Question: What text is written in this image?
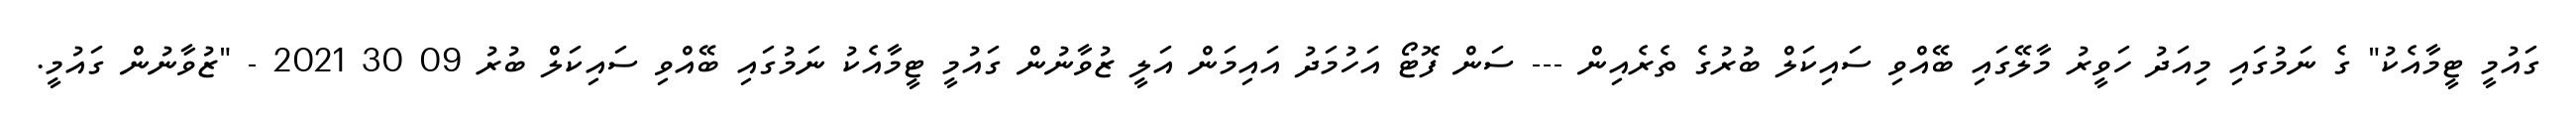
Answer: ގައުމީ ޓީމާއެކު" ގެ ނަމުގައި މިއަދު ހަވީރު މާލޭގައި ބޭއްވި ސައިކަލް ބުރުގެ ތެރެއިން --- ސަން ފޮޓޯ އަހުމަދު އައިމަން އަލީ ޒުވާނުން ގައުމީ ޓީމާއެކު ނަމުގައި ބޭއްވި ސައިކަލް ބުރު 09 30 2021 - "ޒުވާނުން ގައުމީ.